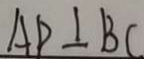
A P \bot B C